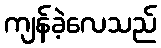
ကျန်ခဲ့လေသည်